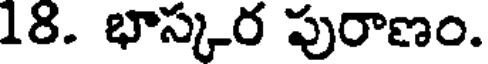
18. భాస్కర పురాణం.